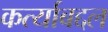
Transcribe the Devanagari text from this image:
कर्त्याबद्दल